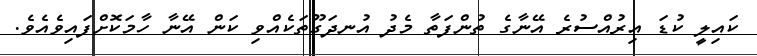
ކައިލީ ކުޑަ އިރުއްސުރެ އޭނާގެ ތުންފަތާ މެދު އުނދަގޫތަކެއްވި ކަން އޭނާ ހާމަކޮށްފައިވެއެވެ.